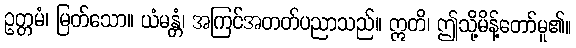
ဥတ္တမံ၊ မြတ်သော။ ယံမန္တံ၊ အကြင်အတတ်ပညာသည်။ ဣတိ၊ ဤသို့မိန့်တော်မူ၏။